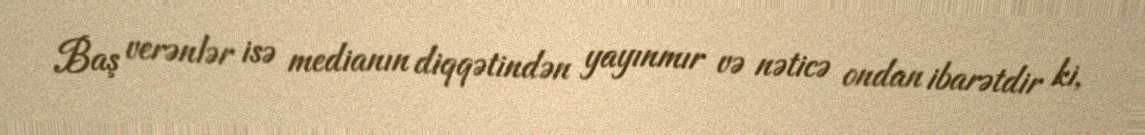
Baş verənlər isə medianın diqqətindən yayınmır və nəticə ondan ibarətdir ki,